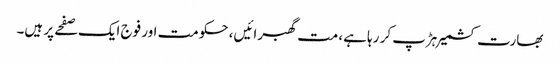
بھارت کشمیر ہڑپ کر رہا ہے، مت گھبرائیں، حکومت اور فوج ایک صفحے پر ہیں۔